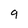
Character: 9